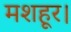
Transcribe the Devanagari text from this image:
मशहूर।